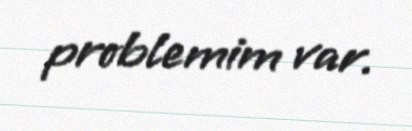
problemim var.